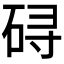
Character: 𱳾